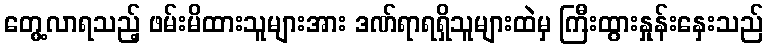
တွေ့လာရသည့် ဖမ်းမိထားသူများအား ဒဏ်ရာရရှိသူများထဲမှ ကြီးထွားနှုန်းနှေးသည်